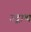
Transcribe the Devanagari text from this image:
उद्गाथ